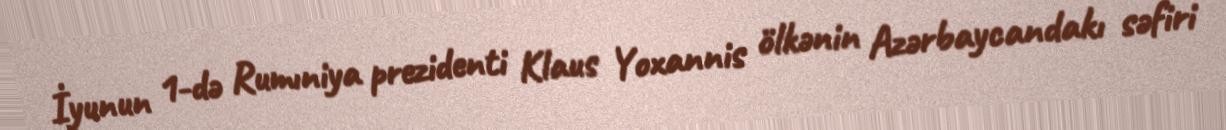
İyunun 1-də Rumıniya prezidenti Klaus Yoxannis ölkənin Azərbaycandakı səfiri